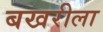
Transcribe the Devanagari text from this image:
बखरीला